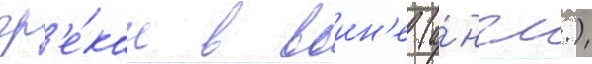
гр'е́кам в воин'е (а́нгл.)